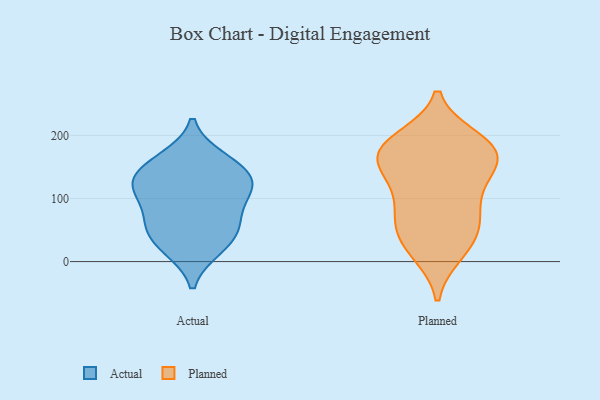
{"axis": {"x": "Budget (USD K)", "y": "Value"}, "legend": ["Actual", "Planned"], "data": [{"x": "", "y": 56, "type": "Actual"}, {"x": "", "y": 163, "type": "Actual"}, {"x": "", "y": 155, "type": "Actual"}, {"x": "", "y": 25, "type": "Actual"}, {"x": "", "y": 142, "type": "Actual"}, {"x": "", "y": 113, "type": "Actual"}, {"x": "", "y": 117, "type": "Actual"}, {"x": "", "y": 65, "type": "Actual"}, {"x": "", "y": 21, "type": "Actual"}, {"x": "", "y": 124, "type": "Actual"}, {"x": "", "y": 59, "type": "Actual"}, {"x": "", "y": 110, "type": "Actual"}, {"x": "", "y": 154, "type": "Planned"}, {"x": "", "y": 95, "type": "Planned"}, {"x": "", "y": 112, "type": "Planned"}, {"x": "", "y": 176, "type": "Planned"}, {"x": "", "y": 184, "type": "Planned"}, {"x": "", "y": 14, "type": "Planned"}, {"x": "", "y": 175, "type": "Planned"}, {"x": "", "y": 52, "type": "Planned"}, {"x": "", "y": 17, "type": "Planned"}, {"x": "", "y": 136, "type": "Planned"}, {"x": "", "y": 60, "type": "Planned"}, {"x": "", "y": 194, "type": "Planned"}, {"x": "", "y": 43, "type": "Planned"}, {"x": "", "y": 152, "type": "Planned"}, {"x": "", "y": 188, "type": "Planned"}, {"x": "", "y": 78, "type": "Planned"}, {"x": "", "y": 166, "type": "Planned"}]}